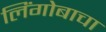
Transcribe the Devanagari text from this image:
लिंगोबाचा